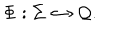
LaTeX: \Phi : \Sigma \hookrightarrow { \cal Q } .